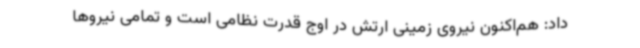
داد: هم‌اکنون نیروی زمینی ارتش در اوج قدرت نظامی است و تمامی نیروها